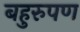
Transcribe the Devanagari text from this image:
बहुरुपण